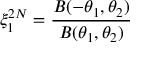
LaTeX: \xi _ { 1 } ^ { 2 N } = \frac { B ( - \theta _ { 1 } , \theta _ { 2 } ) } { B ( \theta _ { 1 } , \theta _ { 2 } ) }